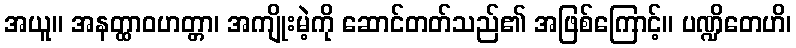
အယူ။ အနတ္ထာဝဟတ္တာ၊ အကျိုးမဲ့ကို ဆောင်တတ်သည်၏ အဖြစ်ကြောင့်။ ပဏ္ဍိတေဟိ၊